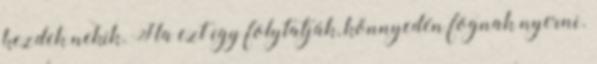
kezdek nekik. Ha ezt így folytatják, könnyedén fognak nyerni.